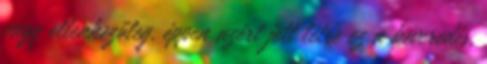
vagy ellenkezőleg, éppen azért jött létre ez a keveredés,